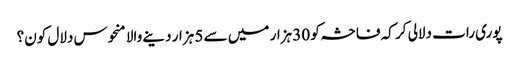
پوری رات دلالی کر کہ فاحشہ کو 30 ہزار میں سے 5 ہزار دینے والا منحوس دلال کون؟